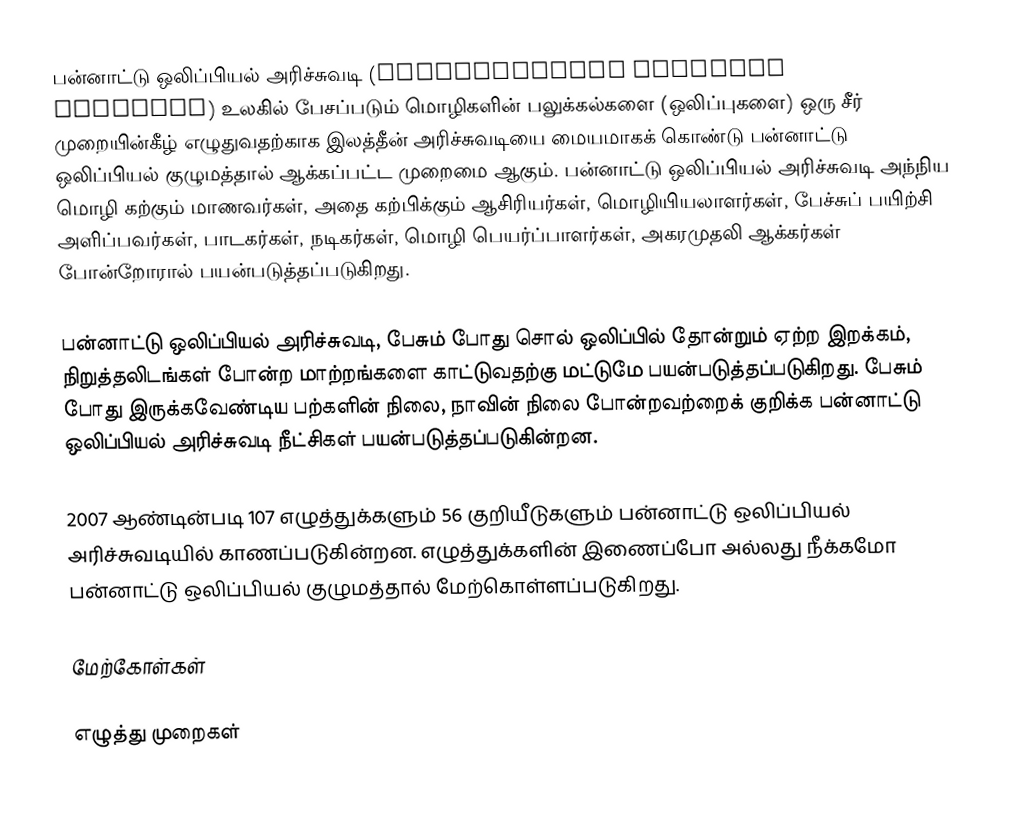
பன்னாட்டு ஒலிப்பியல் அரிச்சுவடி (International Phonetic Alphabet) உலகில் பேசப்படும் மொழிகளின் பலுக்கல்களை (ஒலிப்புகளை) ஒரு சீர் முறையின்கீழ் எழுதுவதற்காக இலத்தீன் அரிச்சுவடியை மையமாகக் கொண்டு பன்னாட்டு ஒலிப்பியல் குழுமத்தால் ஆக்கப்பட்ட முறைமை ஆகும். பன்னாட்டு ஒலிப்பியல் அரிச்சுவடி அந்நிய மொழி கற்கும் மாணவர்கள், அதை கற்பிக்கும் ஆசிரியர்கள், மொழியியலாளர்கள், பேச்சுப் பயிற்சி அளிப்பவர்கள், பாடகர்கள், நடிகர்கள், மொழி பெயர்ப்பாளர்கள், அகரமுதலி ஆக்கர்கள் போன்றோரால் பயன்படுத்தப்படுகிறது.

பன்னாட்டு ஒலிப்பியல் அரிச்சுவடி, பேசும் போது சொல் ஒலிப்பில் தோன்றும் ஏற்ற இறக்கம், நிறுத்தலிடங்கள் போன்ற மாற்றங்களை காட்டுவதற்கு மட்டுமே பயன்படுத்தப்படுகிறது. பேசும் போது இருக்கவேண்டிய பற்களின் நிலை, நாவின் நிலை போன்றவற்றைக் குறிக்க பன்னாட்டு ஒலிப்பியல் அரிச்சுவடி நீட்சிகள் பயன்படுத்தப்படுகின்றன.

2007 ஆண்டின்படி 107 எழுத்துக்களும் 56 குறியீடுகளும் பன்னாட்டு ஒலிப்பியல் அரிச்சுவடியில் காணப்படுகின்றன. எழுத்துக்களின் இணைப்போ அல்லது நீக்கமோ பன்னாட்டு ஒலிப்பியல் குழுமத்தால் மேற்கொள்ளப்படுகிறது.

மேற்கோள்கள்

எழுத்து முறைகள்